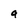
Character: a